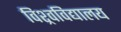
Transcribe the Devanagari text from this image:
विश्र्वविद्यालय